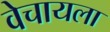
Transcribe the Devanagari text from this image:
वेचायला